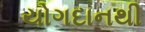
યોગદાનથી